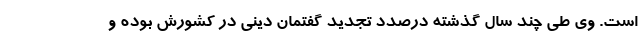
است. وی طی چند سال گذشته درصدد تجدید گفتمان دینی در کشورش بوده و